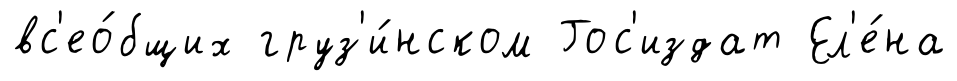
вс'ео́бщих груз'и́нском Гос'издат Ел'е́на